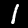
Digit: 1